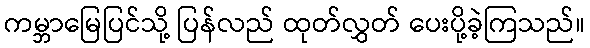
ကမ္ဘာမြေပြင်သို့ ပြန်လည် ထုတ်လွှတ် ပေးပို့ခဲ့ကြသည်။